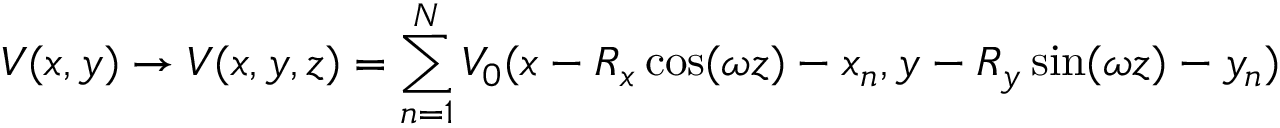
V ( x , y ) \rightarrow V ( x , y , z ) = \sum _ { n = 1 } ^ { N } V _ { 0 } ( x - R _ { x } \cos ( \omega z ) - x _ { n } , y - R _ { y } \sin ( \omega z ) - y _ { n } )